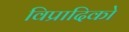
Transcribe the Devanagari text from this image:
विप्रादिको